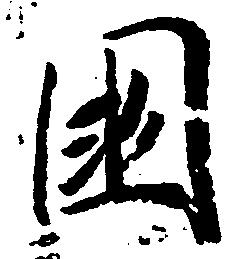
国